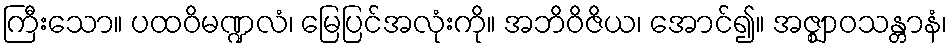
ကြီးသော။ ပထဝိမဏ္ဍလံ၊ မြေပြင်အလုံးကို။ အဘိဝိဇိယ၊ အောင်၍။ အဇ္ဈာဝသန္တာနံ၊